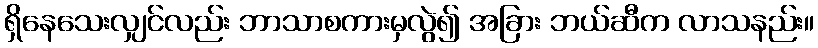
ရှိနေသေးလျှင်လည်း ဘာသာစကားမှလွဲ၍ အခြား ဘယ်ဆီက လာသနည်း။